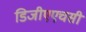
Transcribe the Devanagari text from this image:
डिजीएएचसी